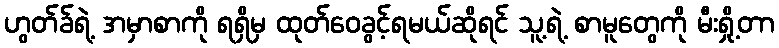
ဟွတ်ခ်ရဲ့ အမှာစာကို ရရှိမှ ထုတ်ဝေခွင့်ရမယ်ဆိုရင် သူ့ရဲ့ စာမူတွေကို မီးရှို့တာ